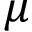
\mu